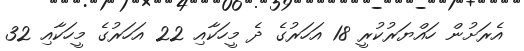
އެރަށުން ހައްޔަރުކުރީ 18 އަހަރުގެ ދެ މީހަކާއި 22 އަހަރުގެ މީހަކާއި 32